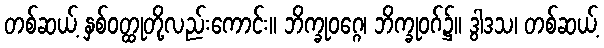
တစ်ဆယ့် နှစ်ဝတ္ထုတို့လည်းကောင်း။ ဘိက္ခုဝဂ္ဂေ၊ ဘိက္ခုဝဂ်၌။ ဒွါဒသ၊ တစ်ဆယ့်